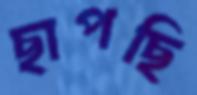
ছাপছি